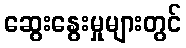
ဆွေးနွေးမှုများတွင်